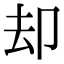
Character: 却